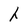
Character: h